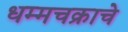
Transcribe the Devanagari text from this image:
धम्मचक्राचे